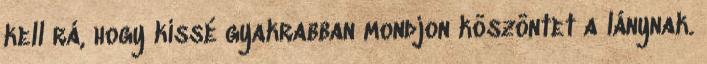
kell rá, hogy kissé gyakrabban mondjon köszöntet a lánynak.